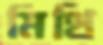
মিথি